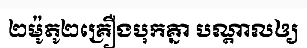
២ម៉ូតូ២គ្រឿងបុកគ្នា បណ្តាលឲ្យ